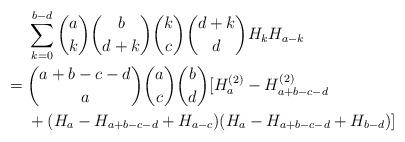
LaTeX: \begin{align*} & \sum_{k=0}^{b-d} \binom{a}{k}\binom{b}{d+k}\binom{k}{c}\binom{d+k}{d}H_k H_{a-k} \\={} & \binom{a+b-c-d}{a}\binom{a}{c}\binom{b}{d}[H_a^{(2)}-H_{a+b-c-d}^{(2)} \\ & + (H_a-H_{a+b-c-d}+H_{a-c})(H_a-H_{a+b-c-d}+H_{b-d})]\end{align*}